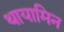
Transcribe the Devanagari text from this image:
थायामिन